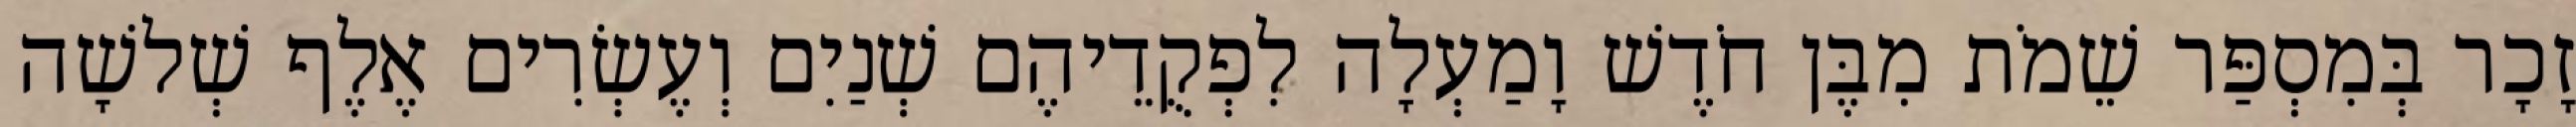
זָכָר בְּמִסְפַּר שֵׁמֹת מִבֶּן חֹדֶשׁ וָמַעְלָה לִפְקֻדֵיהֶם שְׁנַיִם וְעֶשְׂרִים אֶלֶף שְׁלשָׁה